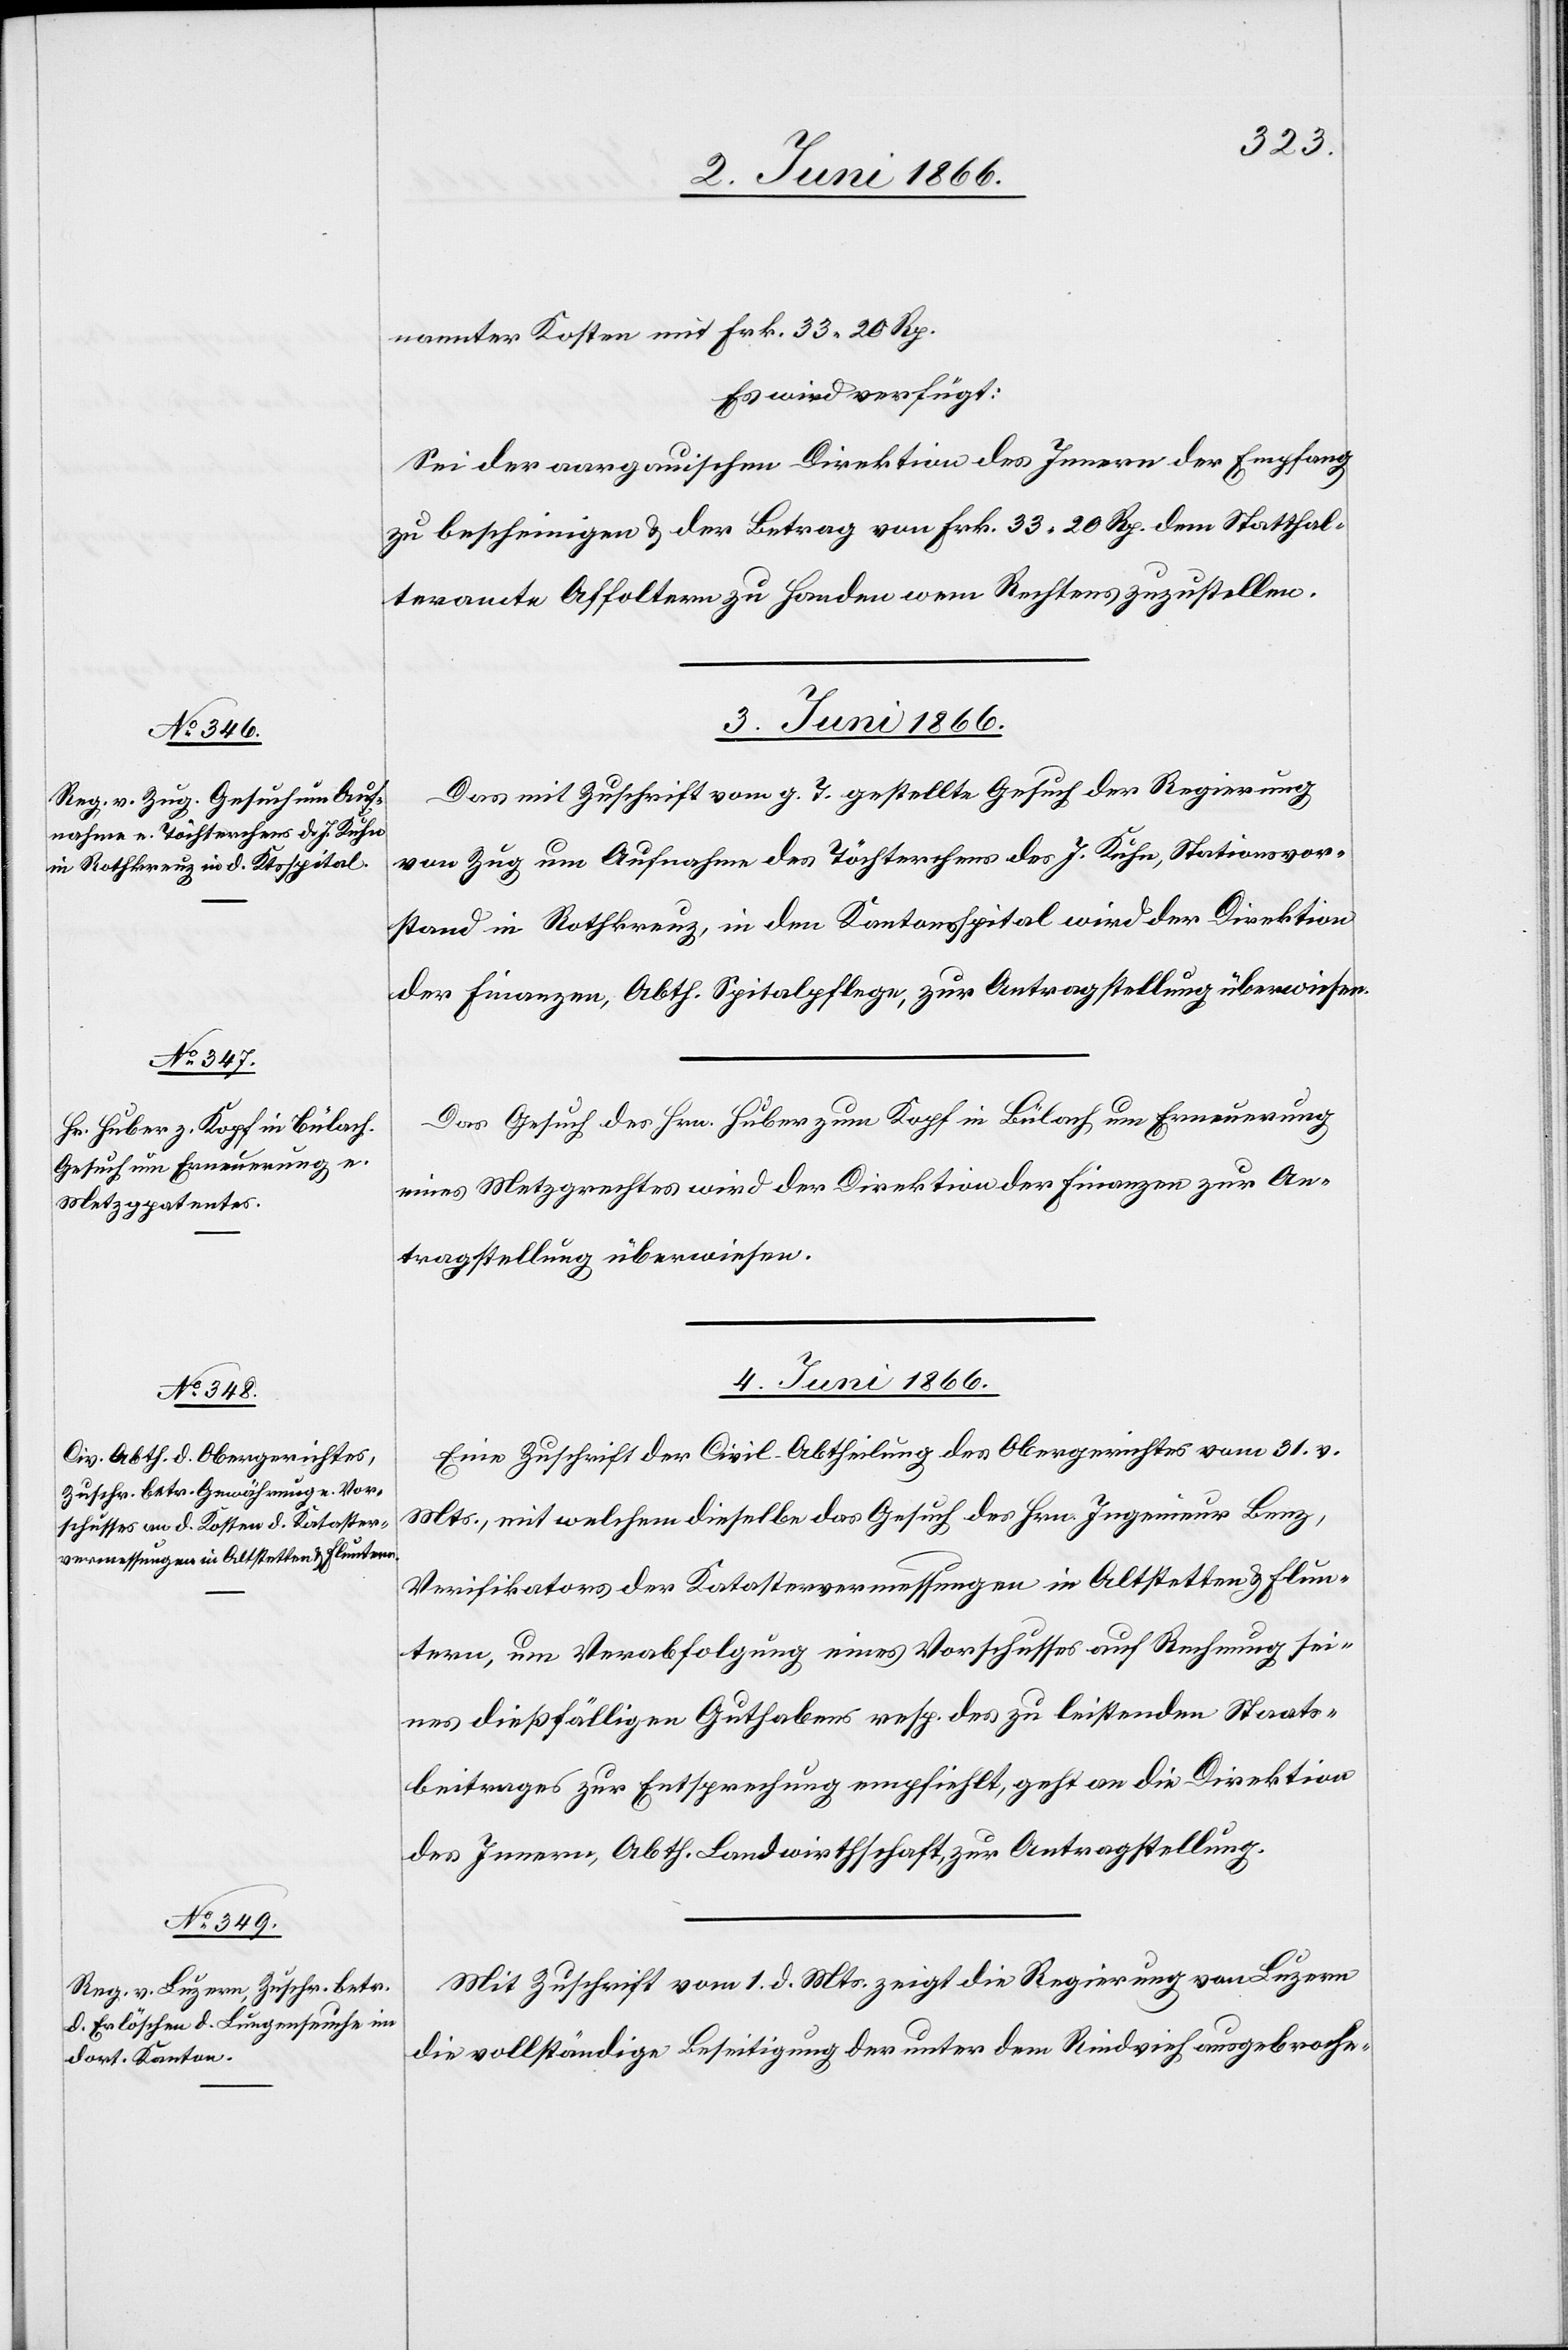
nannter Kosten mit Frk. 33.20 Rp.
Es wird verfügt:
Sei der aargauischen Direktion des Innern der Empfang
zu bescheinigen u. der Betrag von Frk. 33 20 Rp. dem Statthal¬
teramte Affoltern zu Handen wem Rechtens zuzustellen.
3. Juni 1866.]
Das mit Zuschrift vom g. T. gestellte Gesuch der Regierung
von Zug um Aufnahme des Töchterchens des J. Kuhn, Stationsvor¬
stand in Rothkreuz, in den Kantonsspital wird der Direktion
der Finanzen, Abth. Spitalpflege, zur Antragstellung überwiesen.
Das Gesuch des Hrn. Huber zum Kopf in Bülach um Erneuerung
eines Metzgpatentes wird der Direktion der Finanzen zur An¬
tragstellung überwiesen.
4. Juni 1866.]
Eine Zuschrift der Civil-Abtheilung des Obergerichtes vom 31. v.
Mts., mit welchem dieselbe das Gesuch des Hrn Ingenieurs Benz,
Verifikators der Katastervermessungen in Altstetten u. Flun¬
tern, um Verabfolgung eines Vorschusses auf Rechnung sei¬
nes dießfälligen Guthabens resp. des zu leistenden Staats¬
beitrages zur Entsprechung empfiehlt, geht an die Direktion
des Innern, Abth. Landwirthschaft, zur Antragstellung.
Mit Zuschrift vom 1. d. Mts. zeigt die Regierung von Luzern
die vollständige Beseitigung der unter dem Rindvieh ausgebroche-